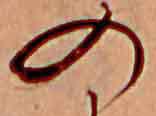
の